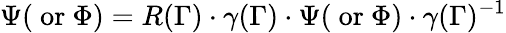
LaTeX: \Psi(\mathrm{~or~}\Phi)=R(\Gamma)\cdot\gamma(\Gamma)\cdot\Psi(\mathrm{~or~}\Phi)\cdot\gamma(\Gamma)^{-1}